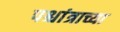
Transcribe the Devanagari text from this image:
पश्चांत्राच्या